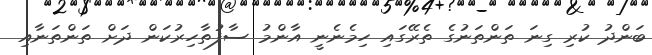
ބަންދު ކުރި ގިނަ ތަންތަނުގެ ތެރޭގައި ހިމެނެނީ އާންމު ސާފުތާހިރުކަން ދަށް ތަންތަނާއި